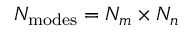
N _ { \mathrm { m o d e s } } = N _ { m } \times N _ { n }